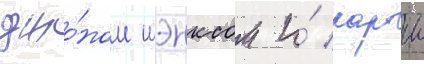
джо́ном шэнксом и́ карои